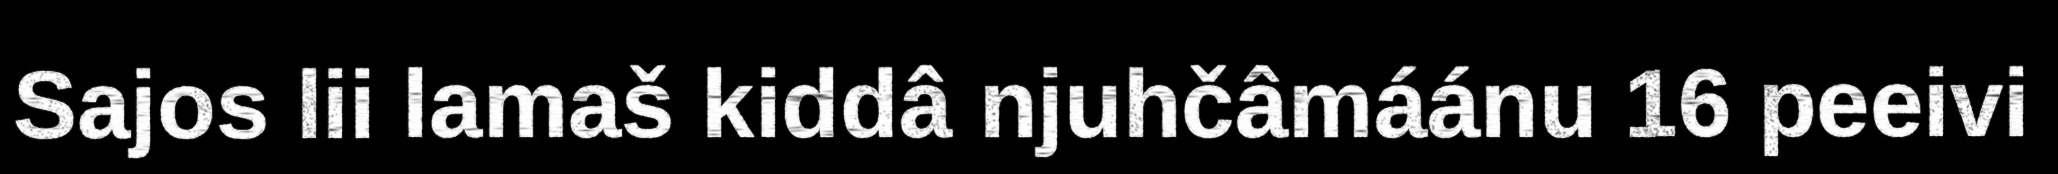
Sajos lii lamaš kiddâ njuhčâmáánu 16 peeivi